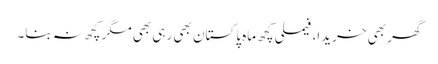
گھر بھی خریدا، فیملی کچھ ماہ پاکستان بھی رہی بھی مگر کچھ نہ بنا۔